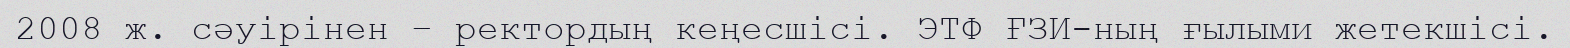
2008 ж. сәуірінен – ректордың кеңесшісі. ЭТФ ҒЗИ-ның ғылыми жетекшісі.